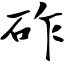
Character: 砟